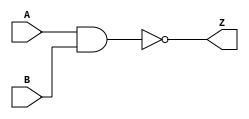
module NAND2 (
    input wire A,
    input wire B,
    output wire Z
);

parameter Tpdlh = 1;
parameter Tpdhl = 1;

nand #(Tpdlh, Tpdhl) nand1 (Z, A, B);

endmodule